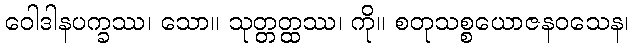
ဝေါဒါနပက္ခဿ၊ သော။ သုတ္တတ္ထဿ၊ ကို။ စတုသစ္စယောဇနဝသေန၊